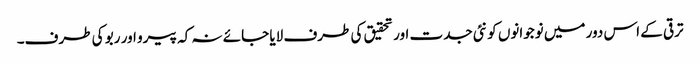
ترقی کے اس دور میں نوجوانوں کو نئی جدت اور تحقیق کی طرف لایا جائے نہ کہ پیرو اور ربو کی طرف۔